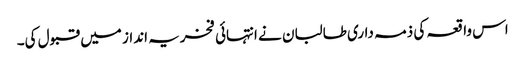
اس واقعہ کی ذمہ داری طالبان نے انتہائی فخریہ انداز میں قبول کی۔